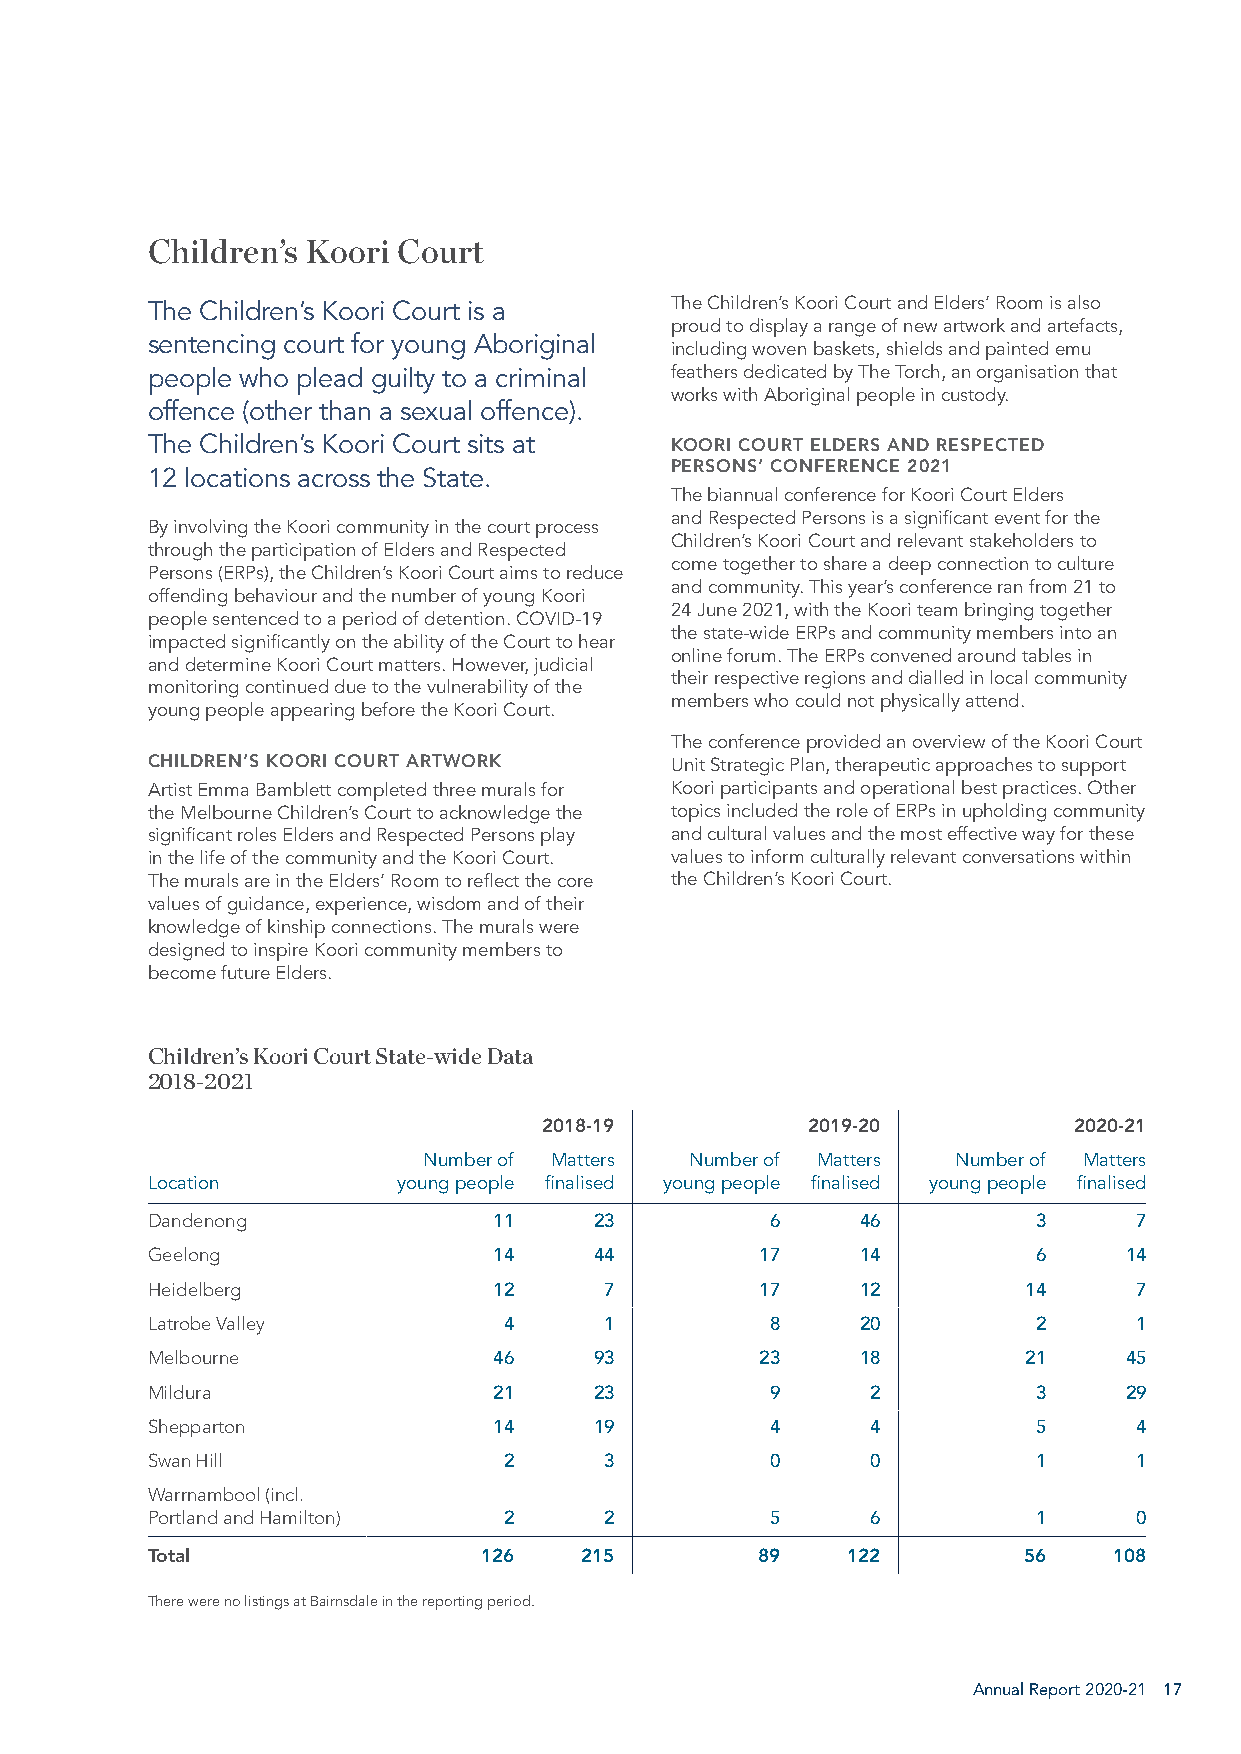
Children’s Koori Court
 The Children’s Koori Court is a   The Children’s Koori Court and Elders’ Room is also
 proud to display a range of new artwork and artefacts,
 sentencing court for young Aboriginal
 including woven baskets, shields and painted emu
 people who plead guilty to a criminal feathers dedicated by The Torch, an organisation that
 works with Aboriginal people in custody.
 offence (other than a sexual offence).
 The Children’s Koori Court sits at KOORI COURT ELDERS AND RESPECTED
 PERSONS’ CONFERENCE 2021
 12 locations across the State.
 The biannual conference for Koori Court Elders
 and Respected Persons is a significant event for the
 By involving the Koori community in the court process
 Children’s Koori Court and relevant stakeholders to
 through the participation of Elders and Respected
 come together to share a deep connection to culture
 Persons (ERPs), the Children’s Koori Court aims to reduce
 and community. This year’s conference ran from 21 to
 offending behaviour and the number of young Koori
 24 June 2021, with the Koori team bringing together
 people sentenced to a period of detention. COVID-19
 the state-wide ERPs and community members into an
 impacted significantly on the ability of the Court to hear
 online forum. The ERPs convened around tables in
 and determine Koori Court matters. However, judicial
 their respective regions and dialled in local community
 monitoring continued due to the vulnerability of the
 members who could not physically attend.
 young people appearing before the Koori Court.
 The conference provided an overview of the Koori Court
 CHILDREN’S KOORI COURT ARTWORK    Unit Strategic Plan, therapeutic approaches to support
 Artist Emma Bamblett completed three murals for Koori participants and operational best practices. Other
 the Melbourne Children’s Court to acknowledge the topics included the role of ERPs in upholding community
 significant roles Elders and Respected Persons play and cultural values and the most effective way for these
 in the life of the community and the Koori Court. values to inform culturally relevant conversations within
 The murals are in the Elders’ Room to reflect the core the Children’s Koori Court.
 values of guidance, experience, wisdom and of their
 knowledge of kinship connections. The murals were
 designed to inspire Koori community members to
 become future Elders.
 Children’s Koori Court State-wide Data
 2018-2021
 2018-19          2019-20           2020-21
 Number of Matters Number of Matters Number of Matters
 Location        young people finalised young people finalised young people finalised
 Dandenong              11    23          6     46          3     7
 Geelong                14    44         17     14          6    14
 Heidelberg             12     7         17     12         14     7
 Latrobe Valley         4      1          8     20          2     1
 Melbourne              46    93         23     18         21    45
 Mildura                21    23          9      2          3    29
 Shepparton             14    19          4      4          5     4
 Swan Hill              2      3          0      0          1     1
 Warrnambool (incl.
 Portland and Hamilton) 2      2          5      6          1     0
 Total                 126   215         89    122         56    108
 There were no listings at Bairnsdale in the reporting period.
 Annual Report 2020-21 17